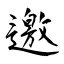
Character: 邀